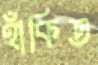
হাঁকিত